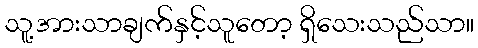
သူ့အားသာချက်နှင့်သူတော့ ရှိသေးသည်သာ။